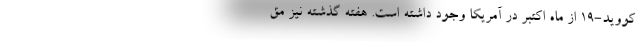
کووید-۱۹ از ماه اکتبر در آمریکا وجود داشته است. هفته گذشته نیز مق